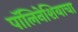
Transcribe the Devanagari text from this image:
पॉलिनेशियाचा